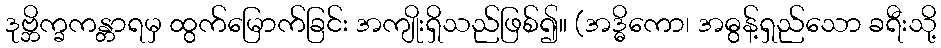
ဒုဗ္ဘိက္ခကန္တာရမှ ထွက်မြောက်ခြင်း အကျိုးရှိသည်ဖြစ်၍။ (အဒ္ဓိကော၊ အဓွန့်ရှည်သော ခရီးသို့